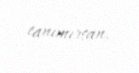
tanımırsan.